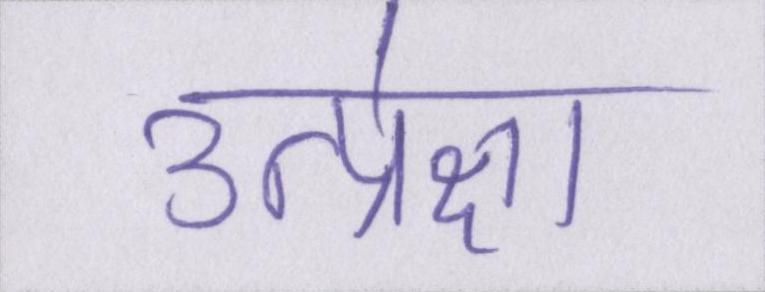
उत्प्रेक्षा